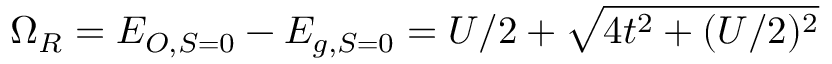
\Omega _ { R } = E _ { O , S = 0 } - E _ { g , S = 0 } = U / 2 + \sqrt { 4 t ^ { 2 } + ( U / 2 ) ^ { 2 } }